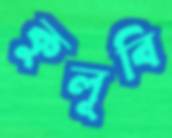
কুলূবি